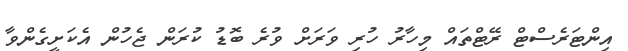
އިންޓަރެސްޓް ރޭޓްތައް މިހާރު ހުރި ވަރަށް ވުރެ ބޮޑު ކުރަން ޖެހުން އެކަށީގެންވާ